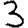
Digit: 3